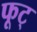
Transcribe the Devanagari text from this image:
फूट्